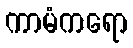
ကာမံကရော